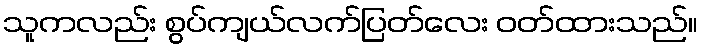
သူကလည်း စွပ်ကျယ်လက်ပြတ်လေး ဝတ်ထားသည်။